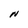
Character: N